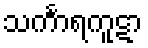
သင်္ကာရကူဋာ